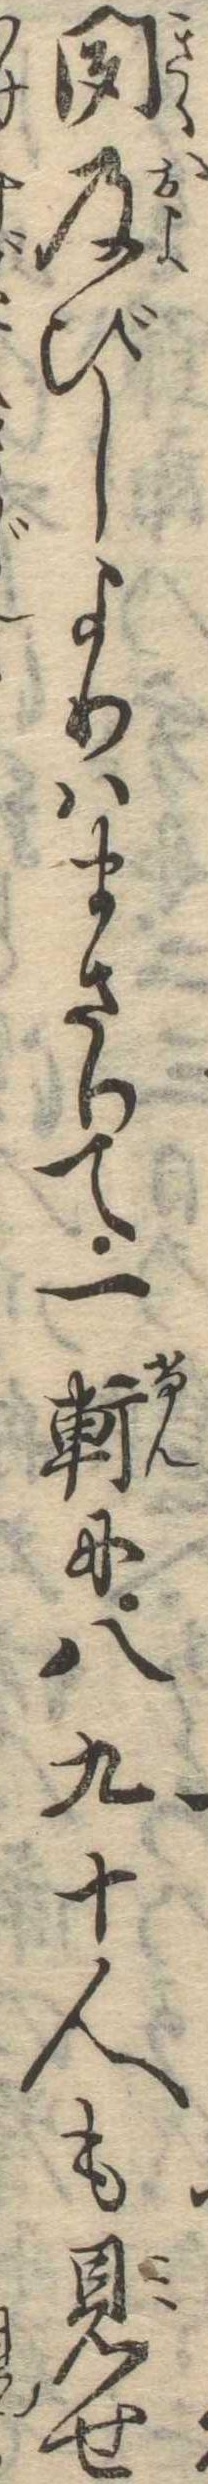
聞及びしよりはまさりて一軒に八九十人も見せ